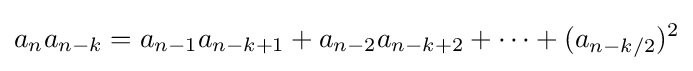
a_{n}a_{n-k}=a_{n-1}a_{n-k+1}+a_{n-2}a_{n-k+2}+\cdots +(a_{n-k/2})^{2}